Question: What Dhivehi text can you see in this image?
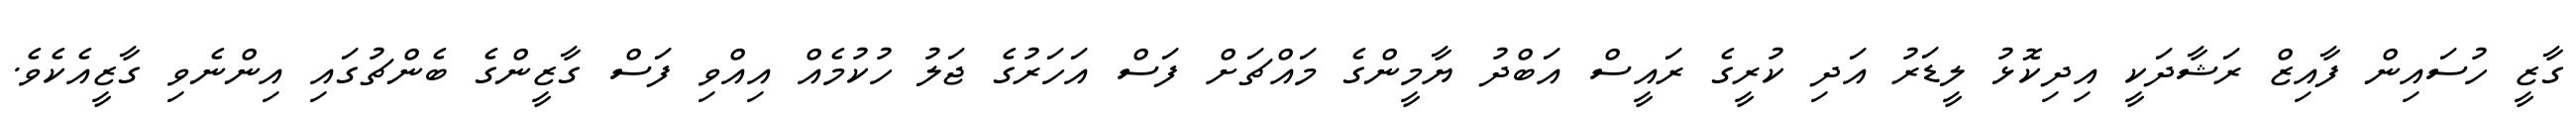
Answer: ގާޒީ ހުސައިން ފާއިޒް ރަޝާދަކީ އިދިކޮޅު ލީޑަރު އަދި ކުރީގެ ރައީސް އަބްދު ޔާމީންގެ މައްޗަށް ފަސް އަހަރުގެ ޖަލު ހުކުމެއް އިއްވި ފަސް ގާޒީންގެ ބެންޗުގައި އިންނެވި ގާޒީއެކެވެ.